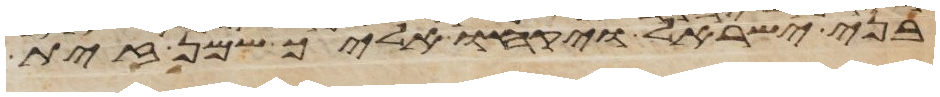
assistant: בני ישראל ויקחו אליך שמן זית